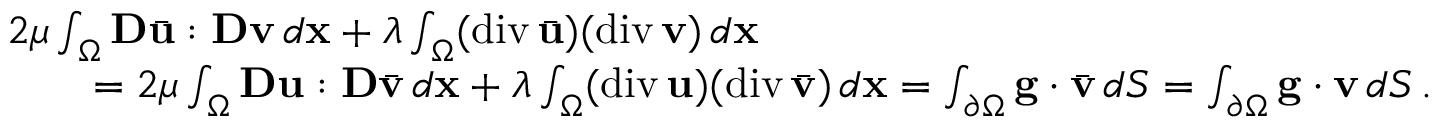
\begin{array} { r l } & { 2 \mu \int _ { \Omega } { \bf D } \bar { \bf u } : { \bf D } { \bf v } \, d { \bf x } + \lambda \int _ { \Omega } ( \mathrm { d i v } \, \bar { \bf u } ) ( \mathrm { d i v } \, { \bf v } ) \, d { \bf x } } \\ & { \qquad = 2 \mu \int _ { \Omega } { \bf D } { \bf u } : { \bf D } \bar { \bf v } \, d { \bf x } + \lambda \int _ { \Omega } ( \mathrm { d i v } \, { \bf u } ) ( \mathrm { d i v } \, \bar { \bf v } ) \, d { \bf x } = \int _ { \partial \Omega } { \bf g } \cdot \bar { \bf v } \, d S = \int _ { \partial \Omega } { \bf g } \cdot { \bf v } \, d S \, . } \end{array}